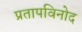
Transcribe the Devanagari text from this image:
प्रतापविनोद